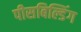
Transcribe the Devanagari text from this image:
पीसबिल्डिंग